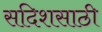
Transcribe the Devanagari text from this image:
सदिशसाठी